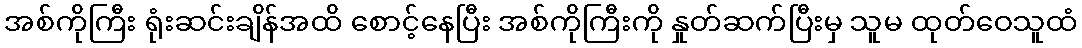
အစ်ကိုကြီး ရုံးဆင်းချိန်အထိ စောင့်နေပြီး အစ်ကိုကြီးကို နှုတ်ဆက်ပြီးမှ သူမ ထုတ်ဝေသူထံ